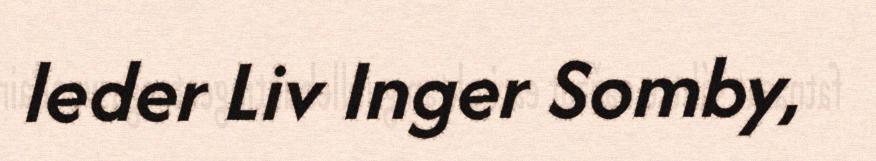
leder Liv Inger Somby,